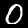
Digit: 0